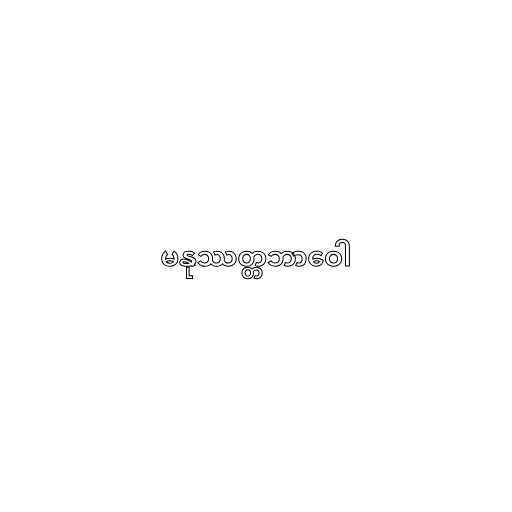
မနုဿတ္တဘာဝေါ